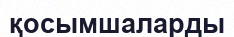
қосымшаларды